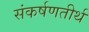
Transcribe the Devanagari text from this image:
संकर्षणतीर्थ